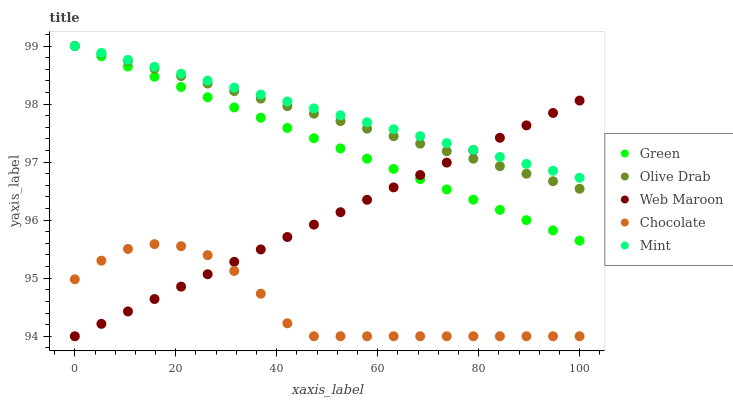
| xaxis_label | Green | Olive Drab | Web Maroon | Chocolate | Mint |
 | --- | --- | --- | --- | --- | --- |
 | 0 | 99 | 99 | 94 | 95 | 99 |
 | 5.26 | 98.8 | 98.9 | 94.2 | 95.3 | 98.9 |
 | 10.5 | 98.6 | 98.7 | 94.4 | 95.5 | 98.8 |
 | 15.8 | 98.5 | 98.6 | 94.6 | 95.6 | 98.6 |
 | 21.1 | 98.3 | 98.5 | 94.9 | 95.6 | 98.5 |
 | 26.3 | 98.1 | 98.4 | 95.1 | 95.4 | 98.4 |
 | 31.6 | 97.9 | 98.2 | 95.3 | 95.1 | 98.3 |
 | 36.8 | 97.8 | 98.1 | 95.5 | 94.7 | 98.2 |
 | 42.1 | 97.6 | 98 | 95.7 | 94.2 | 98 |
 | 47.4 | 97.4 | 97.8 | 95.9 | 94 | 97.9 |
 | 52.6 | 97.2 | 97.7 | 96.1 | 94 | 97.8 |
 | 57.9 | 97.1 | 97.6 | 96.4 | 94 | 97.7 |
 | 63.2 | 96.9 | 97.4 | 96.6 | 94 | 97.6 |
 | 68.4 | 96.7 | 97.3 | 96.8 | 94 | 97.4 |
 | 73.7 | 96.5 | 97.2 | 97 | 94 | 97.3 |
 | 78.9 | 96.4 | 97.1 | 97.2 | 94 | 97.2 |
 | 84.2 | 96.2 | 96.9 | 97.4 | 94 | 97.1 |
 | 89.5 | 96 | 96.8 | 97.6 | 94 | 97 |
 | 94.7 | 95.8 | 96.7 | 97.8 | 94 | 96.9 |
 | 100 | 95.6 | 96.5 | 98.1 | 94 | 96.7 |